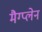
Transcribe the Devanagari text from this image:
मैग्प्लेन